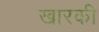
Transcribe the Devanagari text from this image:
खारकी